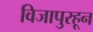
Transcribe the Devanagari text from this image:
विजापुरहून